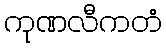
ကုဏလီကတံ